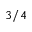
3 / 4